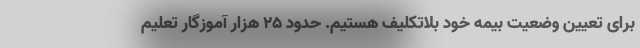
برای تعیین وضعیت بیمه خود بلاتکلیف هستیم. حدود ۲۵ هزار آموزگار تعلیم